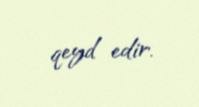
qeyd edir.